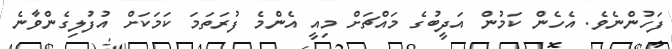
ފަހުންނެވެ. އެހެން ކަމުން އަދީބުގެ މައްޗަށް މިއީ އެންމެ ފުރަތަމަ ކަމަކަށް އުފުލިގެންވާނެ